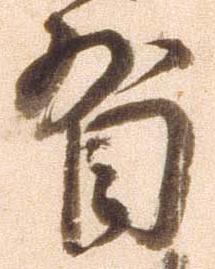
省